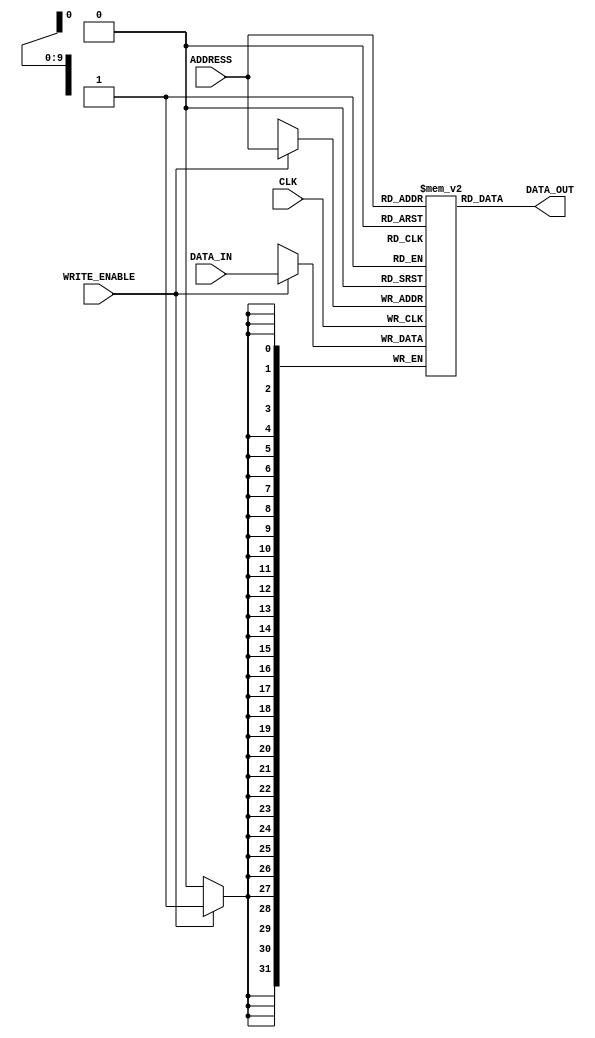
module RAM(
    input [9:0] ADDRESS,
    input [31:0] DATA_IN,
    input WRITE_ENABLE,
    input CLK,
    
    output [31:0] DATA_OUT
);
    reg [31:0] memory [1023:0];

    assign DATA_OUT = memory[ADDRESS];

    always @(posedge CLK) begin
        if (WRITE_ENABLE)
            memory[ADDRESS] <= DATA_IN;
    end

endmodule